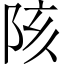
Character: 陔